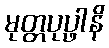
မုတ္တပုပ္ဖါနိ